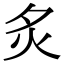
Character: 𬉹